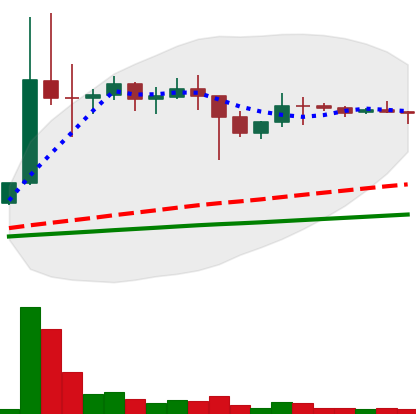
Ticker: DOGE-USD
Chart end date: 2021-01-20
Forward return: -7.472%
Label: down_7plus